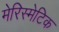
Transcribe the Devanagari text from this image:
मेरिस्मेटिक